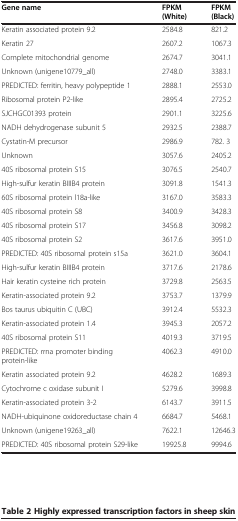
| Gene name | FPKM (White) | FPKM (Black) |
 | --- | --- | --- |
 | Keratin associated protein 9.2 | 2584.8 | 821.2 |
 | Keratin 27 | 2607.2 | 1067.3 |
 | Complete mitochondrial genome | 2674.7 | 3041.1 |
 | Unknown (unigene10779_all) | 2748.0 | 3383.1 |
 | PREDICTED: ferritin, heavy polypeptide 1 | 2888.1 | 2553.0 |
 | Ribosomal protein P2-like | 2895.4 | 2725.2 |
 | SJCHGC01393 protein | 2901.1 | 3225.6 |
 | NADH dehydrogenase subunit 5 | 2932.5 | 2388.7 |
 | Cystatin-M precursor | 2986.9 | 782. 3 |
 | Unknown | 3057.6 | 2405.2 |
 | 40S ribosomal protein S15 | 3076.5 | 2540.7 |
 | High-sulfur keratin BIIIB4 protein | 3091.8 | 1541.3 |
 | 60S ribosomal protein l18a-like | 3167.0 | 3583.3 |
 | 40S ribosomal protein S8 | 3400.9 | 3428.3 |
 | 40S ribosomal protein S17 | 3456.8 | 3098.2 |
 | 40S ribosomal protein S2 | 3617.6 | 3951.0 |
 | PREDICTED: 40S ribosomal protein s15a | 3621.0 | 3604.1 |
 | High-sulfur keratin BIIIB4 protein | 3717.6 | 2178.6 |
 | Hair keratin cysteine rich protein | 3729.8 | 2563.5 |
 | Keratin-associated protein 9.2 | 3753.7 | 1379.9 |
 | Bos taurus ubiquitin C (UBC) | 3912.4 | 5532.3 |
 | Keratin-associated protein 1.4 | 3945.3 | 2057.2 |
 | 40S ribosomal protein S11 | 4019.3 | 3719.5 |
 | PREDICTED: rrna promoter binding protein-like | 4062.3 | 4910.0 |
 | Keratin associated protein 9.2 | 4628.2 | 1689.3 |
 | Cytochrome c oxidase subunit I | 5279.6 | 3998.8 |
 | Keratin-associated protein 3-2 | 6143.7 | 3911.5 |
 | NADH-ubiquinone oxidoreductase chain 4 | 6684.7 | 5468.1 |
 | Unknown (unigene19263_all) | 7622.1 | 12646.3 |
 | PREDICTED: 40S ribosomal protein S29-like | 19925.8 | 9994.6 |